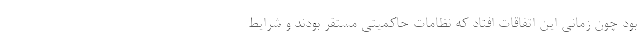
بود چون زمانی این اتفاقات افتاد که نظامات حاکمیتی مستقر بودند و شرایط